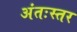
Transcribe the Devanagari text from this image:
अंतःस्तर